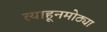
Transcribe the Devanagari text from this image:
त्याहूनमोठ्या